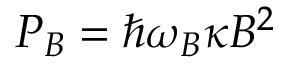
P _ { B } = \hbar \omega _ { B } \kappa B ^ { 2 }